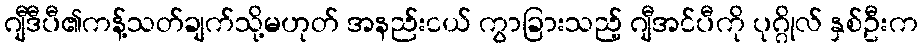
ဂျီဒီပီ၏ကန့်သတ်ချက်သို့မဟုတ် အနည်းငယ် ကွာခြားသည့် ဂျီအင်ပီကို ပုဂ္ဂိုလ် နှစ်ဦးက